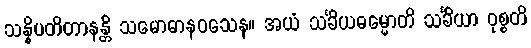
သန္နိပတိတာနန္တိ သမောဓာနဝသေန။ အယံ သင်္ခိယဓမ္မောတိ သင်္ခိယာ ဝုစ္စတိ